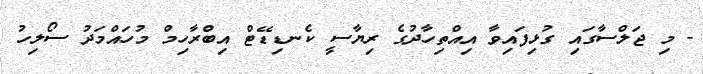
- މި ޖަލްސާގައި ގުޅިފައިވާ އިއްތިހާދުގެ ރިޔާސީ ކެނޑިޑޭޓް އިބްރާހިމް މުހައްމަދު ސޯލިހު